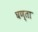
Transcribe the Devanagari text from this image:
घण्ता